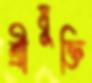
শ্রীযুক্তি